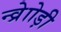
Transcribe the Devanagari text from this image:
न्व्रेाोड़ी